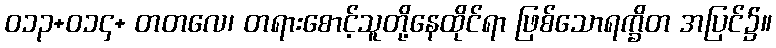
ဝ၁၃+ဝ၁၄+ တတလေ၊ တရားစောင့်သူတို့နေထိုင်ရာ ဖြစ်သောရက္ခိတ အပြင်၌။